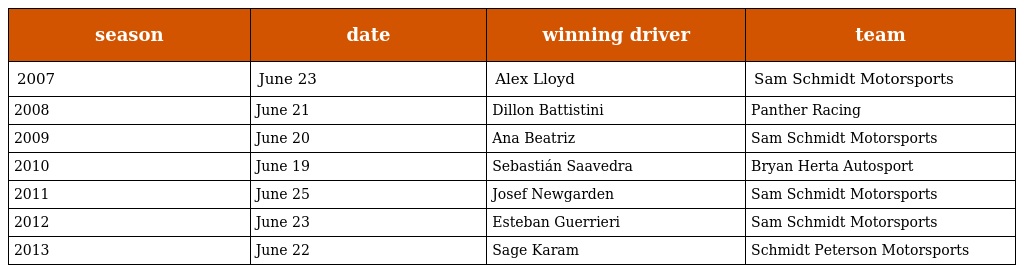
| season | date | winning driver | team |
 | --- | --- | --- | --- |
 | 2007 | June 23 | Alex Lloyd | Sam Schmidt Motorsports |
 | 2008 | June 21 | Dillon Battistini | Panther Racing |
 | 2009 | June 20 | Ana Beatriz | Sam Schmidt Motorsports |
 | 2010 | June 19 | Sebastián Saavedra | Bryan Herta Autosport |
 | 2011 | June 25 | Josef Newgarden | Sam Schmidt Motorsports |
 | 2012 | June 23 | Esteban Guerrieri | Sam Schmidt Motorsports |
 | 2013 | June 22 | Sage Karam | Schmidt Peterson Motorsports |